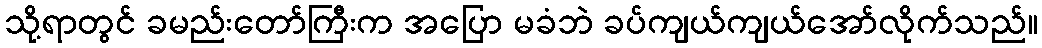
သို့ရာတွင် ခမည်းတော်ကြီးက အပြော မခံဘဲ ခပ်ကျယ်ကျယ်အော်လိုက်သည်။